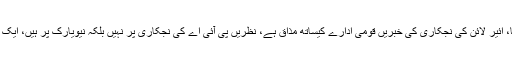
چیف جسٹس نے ریمارکس دئیے کہ پی آئی اے کی بساط نہیں تھی تو قرض کیوں لیا، ائیر لائن کی نجکاری کی خبریں قومی ادارے کیساتھ مذاق ہے، نظریں پی آئی اے کی نجکاری پر نہیں بلکہ نیویارک پر ہیں، ایک جہاز کے لیے 700 ملازم کام کرتے ہیں، ریاستی ادارے کو بند ہونے نہیں دینگے۔